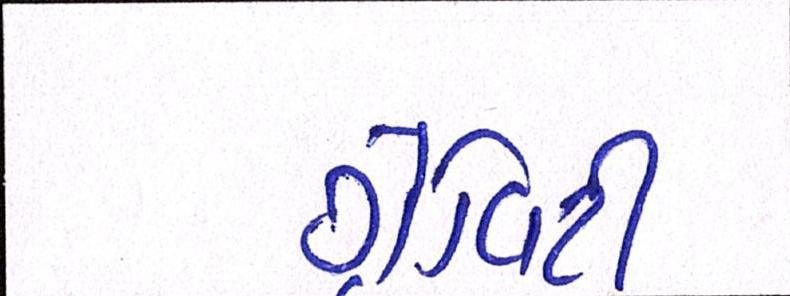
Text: ગ્રેવિટી